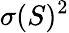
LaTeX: \sigma(S)^{2}